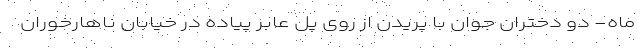
ماه- دو دختران جوان با پریدن از روی پل عابر پیاده در خیابان ناهارخوران